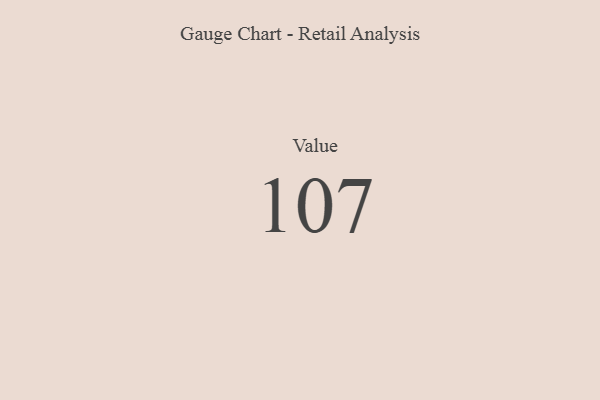
{"axis": {"x": "Metric", "y": "Value"}, "legend": [""], "data": [{"x": "Value", "y": 107, "type": ""}]}